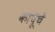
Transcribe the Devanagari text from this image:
कापूचे